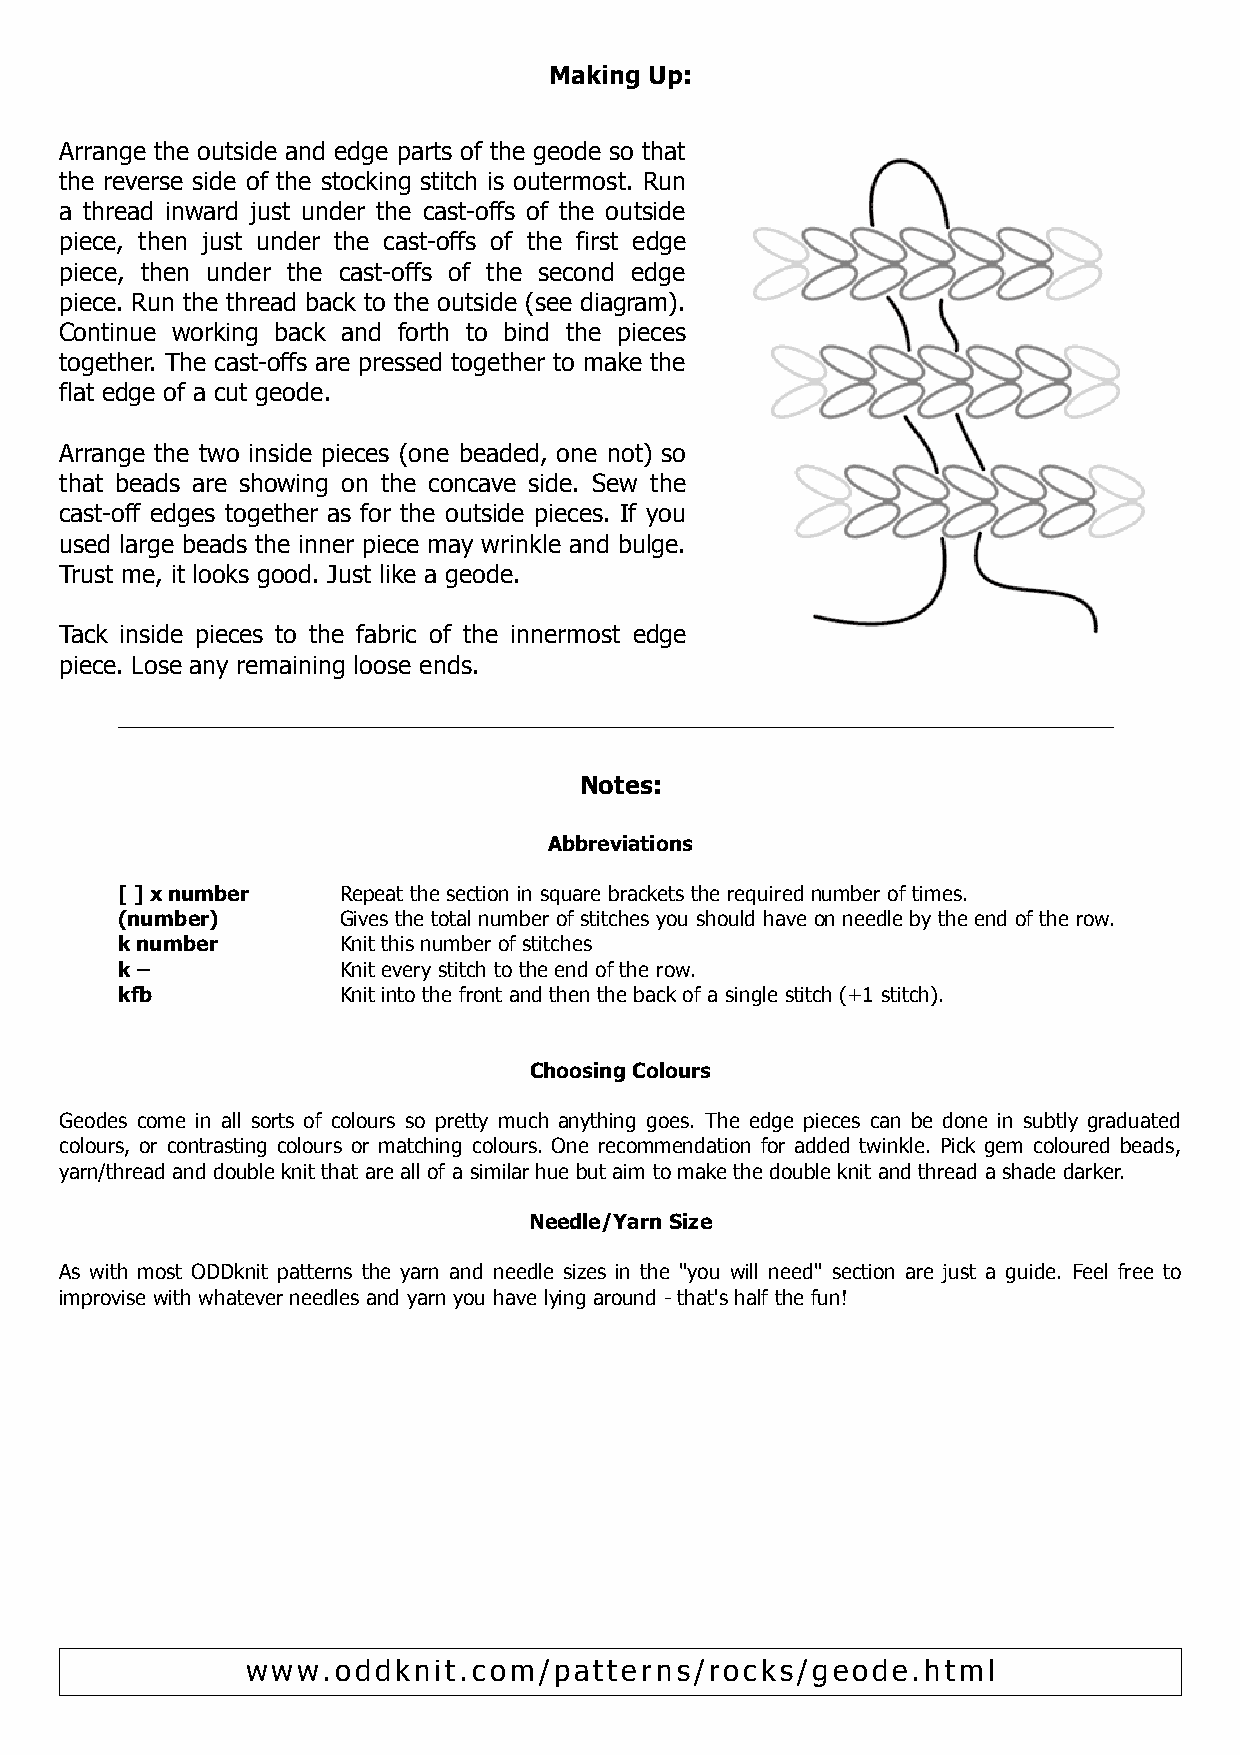
Making Up:
 Arrange the outside and edge parts of the geode so that
 the reverse side of the stocking stitch is outermost. Run
 a thread inward just under the cast-offs of the outside
 piece, then just under the cast-offs of the first edge
 piece, then under the cast-offs of the second edge
 piece. Run the thread back to the outside (see diagram).
 Continue working back and forth to bind the pieces
 together. The cast-offs are pressed together to make the
 flat edge of a cut geode.
 Arrange the two inside pieces (one beaded, one not) so
 that beads are showing on the concave side. Sew the
 cast-off edges together as for the outside pieces. If you
 used large beads the inner piece may wrinkle and bulge.
 Trust me, it looks good. Just like a geode.
 Tack inside pieces to the fabric of the innermost edge
 piece. Lose any remaining loose ends.
 Notes:
 Abbreviations
 [ ] x number   Repeat the section in square brackets the required number of times.
 (number)       Gives the total number of stitches you should have on needle by the end of the row.
 k number       Knit this number of stitches
 k –            Knit every stitch to the end of the row.
 kfb            Knit into the front and then the back of a single stitch (+1 stitch).
 Choosing Colours
 Geodes come in all sorts of colours so pretty much anything goes. The edge pieces can be done in subtly graduated
 colours, or contrasting colours or matching colours. One recommendation for added twinkle. Pick gem coloured beads,
 yarn/thread and double knit that are all of a similar hue but aim to make the double knit and thread a shade darker.
 Needle/Yarn Size
 As with most ODDknit patterns the yarn and needle sizes in the "you will need" section are just a guide. Feel free to
 improvise with whatever needles and yarn you have lying around - that's half the fun!
 www.oddknit.com/patterns/rocks/geode.html